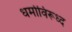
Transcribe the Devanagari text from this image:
धर्माविरूध्द